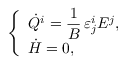
\begin{array} { c c c } { { \left\{ \begin{array} { l } { { \displaystyle \dot { Q } ^ { i } = \frac { 1 } { B } \, \varepsilon _ { j } ^ { i } E ^ { j } , } } \\ { { \dot { H } = 0 , } } \end{array} \right. } } \end{array}